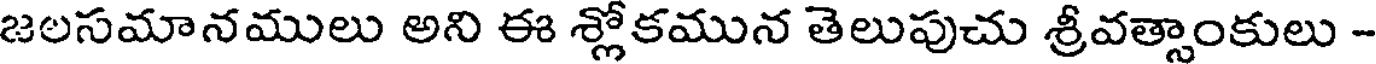
జలసమానములు అని ఈ శ్లోకమున తెలుపుచు శ్రీవత్సాంకులు -